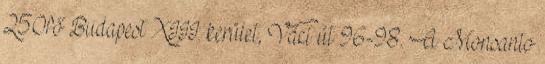
250fő Budapest XIII. kerület, Váci út 96-98. A Monsanto